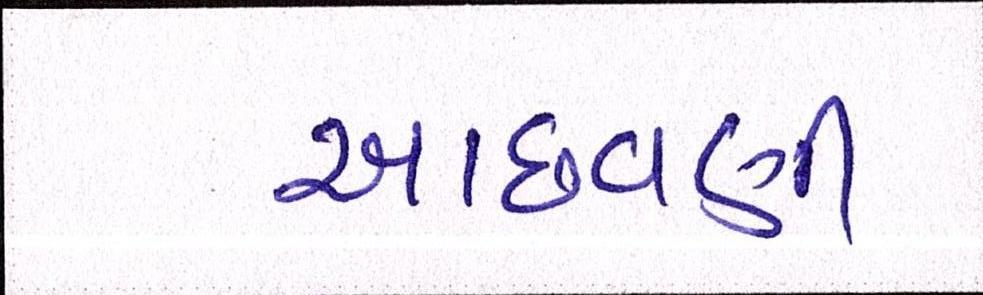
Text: આછવણી